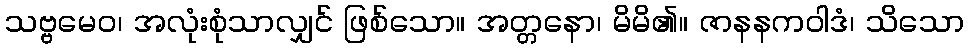
သဗ္ဗမေဝ၊ အလုံးစုံသာလျှင် ဖြစ်သော။ အတ္တနော၊ မိမိ၏။ ဇာနနကဝါဒံ၊ သိသော